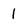
Character: 1